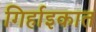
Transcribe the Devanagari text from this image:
गिर्हाइकात